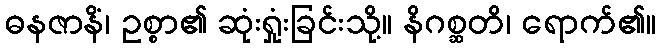
ဓနဇာနိံ၊ ဥစ္စာ၏ ဆုံးရှုံးခြင်းသို့။ နိဂစ္ဆတိ၊ ရောက်၏။